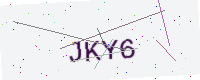
Text: JKY6